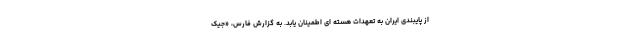
از پایبندی ایران به تعهدات هسته ای اطمینان یابد. به گزارش فارس، «جیک